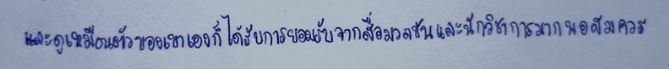
และดูเหมือนตัวของเขาเองก็ได้รับการยอมรับจากสื่อมวลชนและนักวิชาการมากพอควร